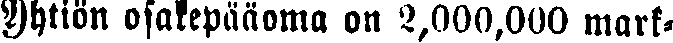
Yhtiön osakepääoma on 2,000,000 mark-